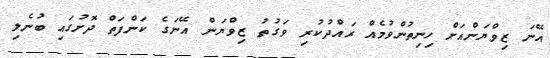
އޭނަ ޒިވްޔަންއަށް ހިނިތުންވުމެއް ރައްދުކުރި ވަގުތު ޒިވްޔަން އޭނަގެ ކަންފަތް ދޮށުގައި ބުނެލި